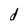
Character: d